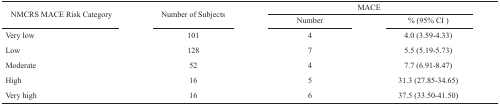
<table><thead><tr><td rowspan="2"><b>NMCRS MACE Risk Category</b></td><td rowspan="2"><b>Number of Subjects</b></td><td colspan="2"><b>MACE</b></td></tr><tr><td><b>Number</b></td><td><b>% (95% CI )</b></td></tr></thead><tbody><tr><td>Very low</td><td>101</td><td>4</td><td>4.0 (3.59-4.33)</td></tr><tr><td>Low</td><td>128</td><td>7</td><td>5.5 (5.19-5.73)</td></tr><tr><td>Moderate</td><td>52</td><td>4</td><td>7.7 (6.91-8.47)</td></tr><tr><td>High</td><td>16</td><td>5</td><td>31.3 (27.85-34.65)</td></tr><tr><td>Very high</td><td>16</td><td>6</td><td>37.5 (33.50-41.50)</td></tr></tbody></table>